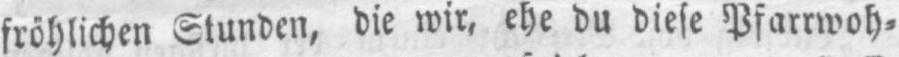
fröhlichen Stunden, die wir, ehe du diese Pfarrwoh⸗